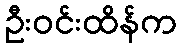
ဦးဝင်းထိန်က